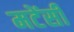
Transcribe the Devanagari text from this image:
मटेंसी